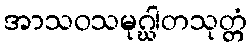
အာသဝသမုဂ္ဃါတသုတ္တံ